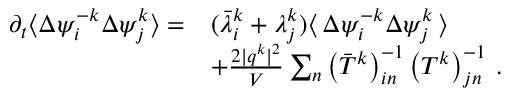
\begin{array} { r l } { \partial _ { t } \langle \Delta { { \psi } _ { i } ^ { - k } } \Delta { \psi } _ { j } ^ { k } \rangle = } & { ( \bar { \lambda } _ { i } ^ { k } + \lambda _ { j } ^ { k } ) \langle \, \Delta \psi _ { i } ^ { - k } \Delta \psi _ { j } ^ { k } \, \rangle } \\ & { + \frac { 2 \vert \boldsymbol { q } ^ { k } \vert ^ { 2 } } { V } \sum _ { n } \left( \bar { T } ^ { k } \right) _ { i n } ^ { - 1 } \left( T ^ { k } \right) _ { j n } ^ { - 1 } \, . } \end{array}